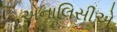
એનાલિસીએ